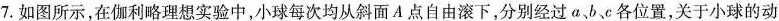
7.如图所示，在伽利略理想实验中，小球每次均从斜面A点自由滚下，分别经过a bc各位置，关于小球的动